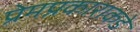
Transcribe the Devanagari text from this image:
प्रेमप्रकाराकडे